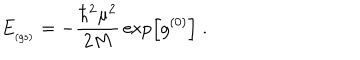
E _ { _ \mathrm { ( g s ) } } = - \frac { \hbar ^ { 2 } \mu ^ { 2 } } { 2 M } \, \exp \left[ g ^ { ( 0 ) } \right] \; .